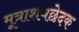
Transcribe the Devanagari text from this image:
मूत्राशयछेदक